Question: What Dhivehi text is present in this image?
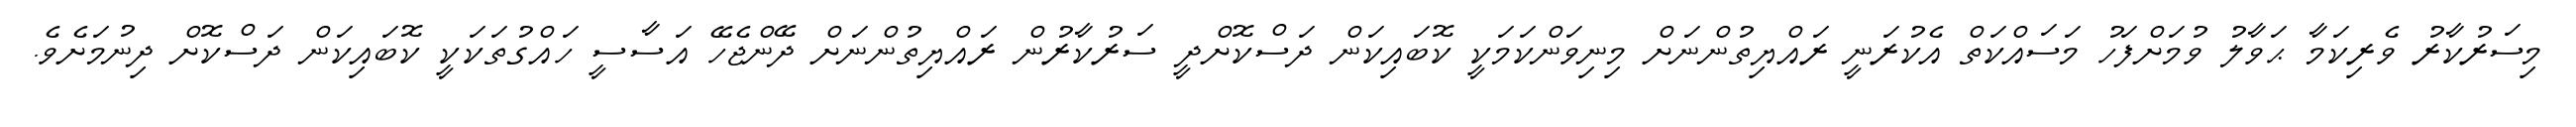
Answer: މިސަރުކާރު ވެރިކަމާ ޙަވާލު ވުމަށްފަހު މަސައްކަތް އެކުރަނީ ރައްޔިތުންނަށް މިނިވަންކަމަކީ ކޮބައިކަން ދަސްކޮށްދީ ސަރުކާރުން ރައްޔިތުންނަށް ދޭންޖެހޭ އަސާސީ ހައްގުތަކަކީ ކޮބައިކަން ދަސްކޮށް ދިނުމަށެވެ.